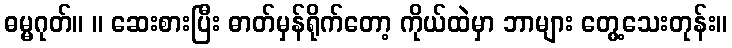
ဓမ္မဂုတ်။ ။ ဆေးစားပြီး ဓာတ်မှန်ရိုက်တော့ ကိုယ်ထဲမှာ ဘာများ တွေ့သေးတုန်း။